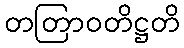
တတြာဝတိဋ္ဌတိ